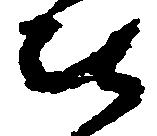
被